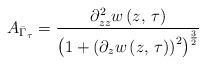
LaTeX: \begin{align*}A_{\bar{\Gamma}_{\tau}}=\frac{\partial_{zz}^{2}w\left(z,\,\tau\right)}{\left(1+\left(\partial_{z}w\left(z,\,\tau\right)\right)^{2}\right)^{\frac{3}{2}}}\end{align*}